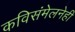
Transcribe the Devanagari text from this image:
कविसंमेलनेही